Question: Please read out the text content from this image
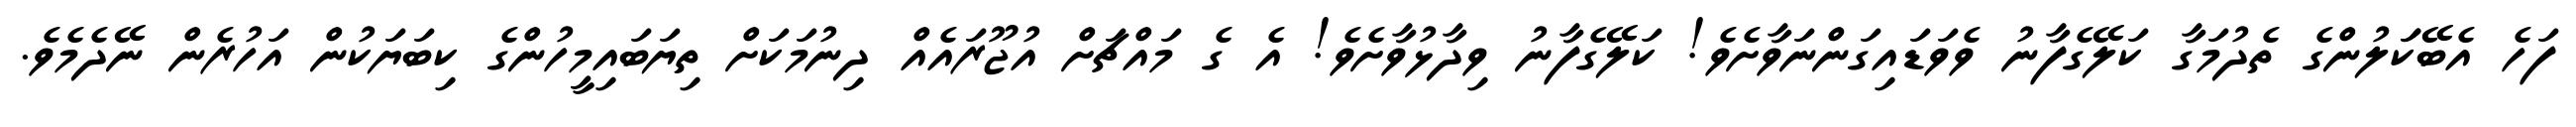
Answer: ފަހެ އެބޭކަަލުންގެ ތެދުމަގާ ކަލޭގެފާނު ވެވަޑައިގަންނަވާށެވެ! ކަލޭގެފާނު ވިދާޅުވާށެވެ! އެ ގެ މައްޗަށް އުޖޫރައެއް ދިނުމަކަށް ތިޔަބައިމީހުންގެ ކިބަޔަކުން އަހުރެން ނޭދެމެވެ.